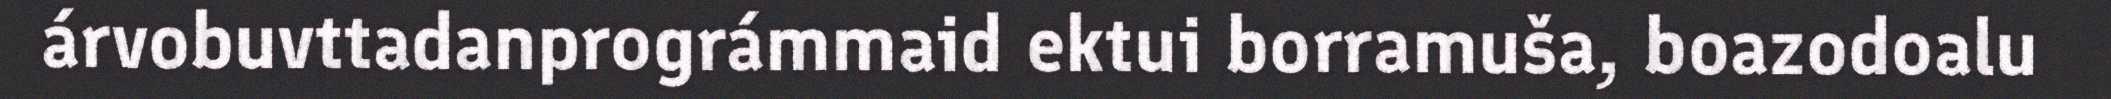
árvobuvttadanprográmmaid ektui borramuša, boazodoalu